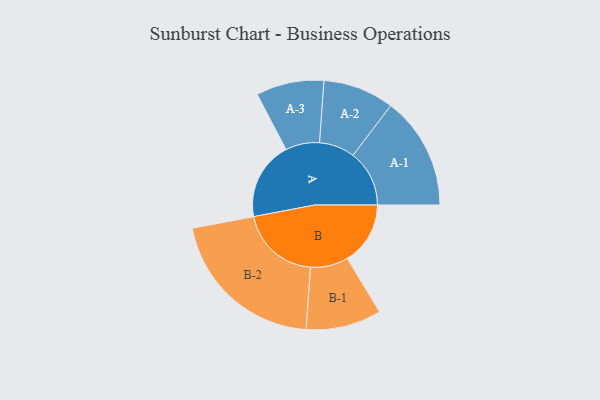
{"axis": {"x": "Segment", "y": "Value"}, "legend": ["", "A", "B"], "data": [{"x": "A", "y": 286, "type": ""}, {"x": "B", "y": 230, "type": ""}, {"x": "A-1", "y": 206, "type": "A"}, {"x": "A-2", "y": 130, "type": "A"}, {"x": "A-3", "y": 124, "type": "A"}, {"x": "B-1", "y": 138, "type": "B"}, {"x": "B-2", "y": 294, "type": "B"}]}